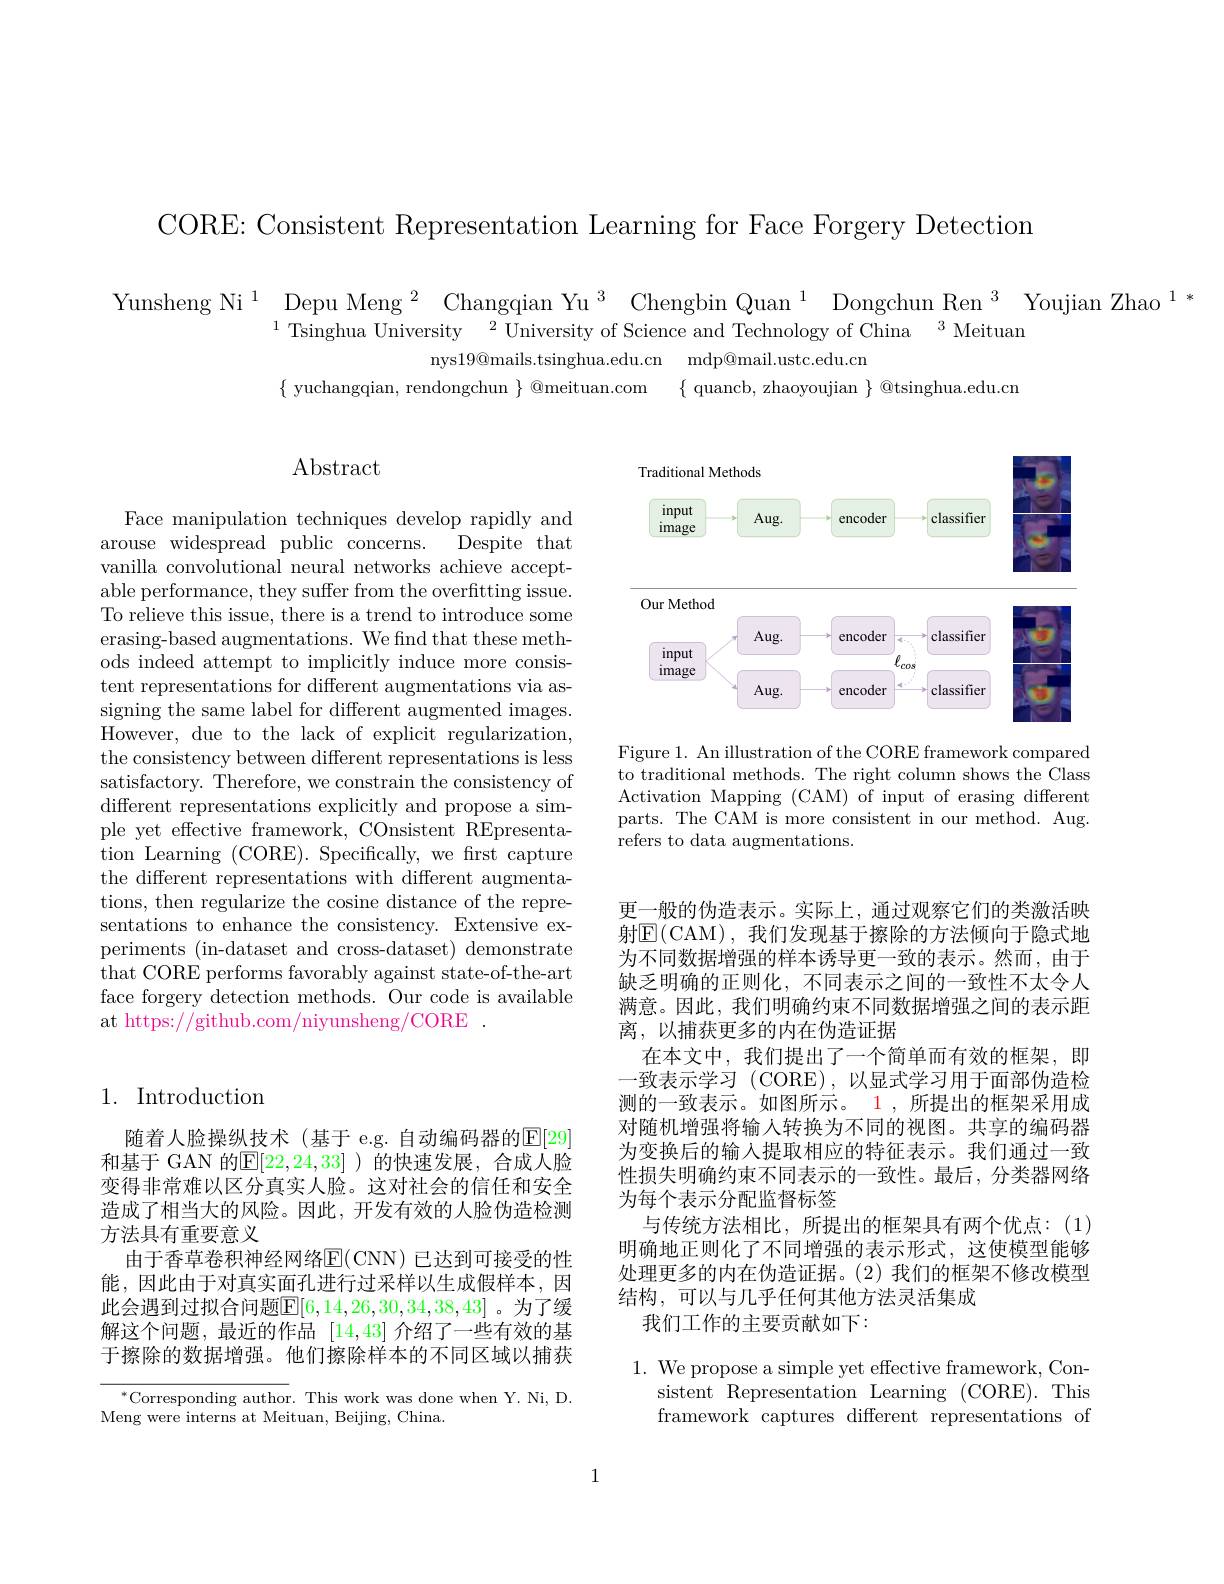
CORE: Consistent Representation Learning for Face Forgery Detection

Yunsheng Ni$^1_{1\text{Tsinghua Universitv}^2\text{Iniversity of Science and Technoløv of Chinan }^3}$Youjian Zhao$^1*$
$^{1}$ Tsinghua University$^2$Universityof Science and Technology of China$^3$Meituan
nys19@mails.tsinghua.edu.cn mdp@mail.ustc.edu.cn
$\{$ yuchangqian, rendongchun $\}$ @meituan.com
$\{$ quancb, zhaoyoujian $\}$ @tsinghua.edu.cn

## 1. Introduction

随着人脸操纵技术(基于 e.g. 自动编码器的E[29] 和基于 GAN 的$\mathbb{E}[22,24,33]$ )的快速发展，合成人脸变得非常难以区分真实人脸。这对社会的信任和安全造成了相当大的风险。因此，开发有效的人脸伪造检测方法具有重要意义
由于香草卷积神经网络E( CNN) 已达到可接受的性能，因此由于对真实面孔进行过采样以生成假样本，因此会遇到过拟合问题$\mathbb{E}[6,14,26,30,34,38,43]$ 。为了缓解这个问题，最近的作品[14,43]介绍了一些有效的基于擦除的数据增强。他们擦除样本的不同区域以捕获

$^{*}$Corresponding author. This work was done when Y. Ni, D.
Meng were interns at Meituan, Beijing, China.

## Abstract

Face manipulation techniques develop rapidly and
arouse widespread public concerns.
Despite that
vanilla convolutional neural networks achieve acceptable performance, they suffer from the overfitting issue. To relieve this issue, there is a trend to introduce some erasing-based augmentations. We find that these methods indeed attempt to implicitly induce more consistent representations for different augmentations via assigning the same label for different augmented images. However, due to the lack of explicit regularization, the consistency between different representations is less satisfactory. Therefore, we constrain the consistency of different representations explicitly and propose a simple yet effective framework, COnsistent REpresentation Learning (CORE). Specifically, we frst capture the different representations with different augmentations, then regularize the cosine distance of the representations to enhance the consistency. Extensive experiments (in-dataset and cross-dataset) demonstrate that CORE performs favorably against state-of-the-art face forgery detection methods. Our code is available at https://github.com/niyunsheng/CORE .

<FigureHere>

Figure 1. An illustration of the CORE framework compared to traditional methods. The right column shows the Class Activation Mapping (CAM) of input of erasing different parts. The CAM is more consistent in our method. Aug. refers to data augmentations.

更一般的伪造表示。实际上，通过观察它们的类激活映射$\overline{\mathrm{E}}($CAM),我们发现基于擦除的方法倾向于隐式地为不同数据增强的样本诱导更一致的表示。然而，由于缺乏明确的正则化，不同表示之间的一致性不太令人满意。因此，我们明确约束不同数据增强之间的表示距离，以捕获更多的内在伪造证据
在本文中，我们提出了一个简单而有效的框架，即一致表示学习 (CORE), 以显式学习用于面部伪造检测的一致表示。如图所示。1 ,所提出的框架采用成对随机增强将输人转换为不同的视图。共享的编码器为变换后的输入提取相应的特征表示。我们通过一致性损失明确约束不同表示的一致性。最后，分类器网络为每个表示分配监督标签
与传统方法相比，所提出的框架具有两个优点：(1) 明确地正则化了不同增强的表示形式，这使模型能够处理更多的内在伪造证据。(2)我们的框架不修改模型结构，可以与几乎任何其他方法灵活集成
我们工作的主要贡献如下：

1. We propose a simple yet effective framework, Con-
sistent Representation Learning (CORE).This framework captures different representations of

1